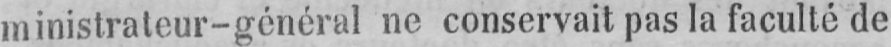
ministrateur-général ne conservait pas la faculté de